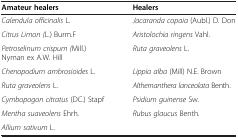
<table><thead><tr><td><b>Amateur healers</b></td><td><b>Healers</b></td></tr></thead><tbody><tr><td><i>Calendula officinalis</i> L.</td><td><i>Jacaranda copaia</i> (Aubl.) D. Don</td></tr><tr><td><i>Citrus Limon (</i>L.) Burm.F</td><td><i>Aristolochia ringens</i> Vahl.</td></tr><tr><td><i>Petroselinum crispum (</i>Mill.) Nyman ex A.W. Hill</td><td><i>Ruta graveolens</i> L.</td></tr><tr><td><i>Chenopodium ambrosioides</i> L.</td><td><i>Lippia alba</i> (Mill) N.E. Brown</td></tr><tr><td><i>Ruta graveolens</i> L.</td><td><i>Althernanthera lanceolata</i> Benth.</td></tr><tr><td><i>Cymbopogon citratus</i> (DC.) Stapf</td><td><i>Psidium guinense</i> Sw<i>.</i></td></tr><tr><td><i>Mentha suaveolens</i> Ehrh.</td><td><i>Rubus glaucus</i> Benth<i>.</i></td></tr><tr><td><i>Allium sativum</i> L.</td><td> </td></tr></tbody></table>